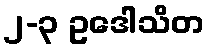
၂-၃ ဥဒေါသိတ